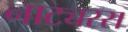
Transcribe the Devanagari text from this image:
नाट्यरस